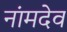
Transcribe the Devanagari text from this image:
नांमदेव